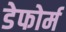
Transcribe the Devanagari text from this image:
डेफोर्म